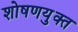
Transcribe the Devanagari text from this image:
शोषणयुक्त